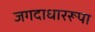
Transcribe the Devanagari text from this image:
जगदाधाररूपा